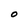
Character: O